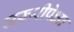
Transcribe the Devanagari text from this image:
जरूरीपेक्षा